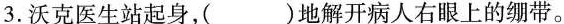
3.沃克医生站起身，( )地解开病人右眼上的绷带。